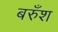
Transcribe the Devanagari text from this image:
बरुँश